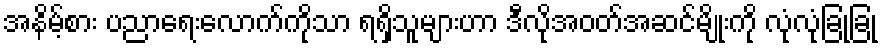
အနိမ့်စား ပညာရေးလောက်ကိုသာ ရရှိသူများဟာ ဒီလိုအဝတ်အဆင်မျိုးကို လုံလုံခြုံခြုံ